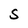
Character: S